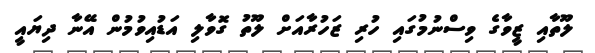
ލޫތާއި ޒީވާގެ ވިސްނުމުގައި ހުރި ޒަހުރާއަށް ލޫތު ގޮވާލި އަޑުއިވުމުން އޭނާ ދިޔައީ